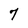
Character: 7